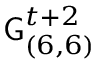
\mathsf { G } _ { ( 6 , 6 ) } ^ { t + 2 }